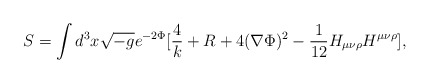
\begin{align*}S=\int d^3 x\sqrt{-g}e^{-2\Phi}[\frac{4}{k}+R+4(\nabla\Phi)^2-\frac{1}{12}H_{\mu\nu\rho}H^{\mu\nu\rho}],\end{align*}